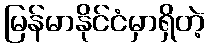
မြန်မာနိုင်ငံမှာရှိတဲ့